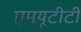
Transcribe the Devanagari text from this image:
एमयूटीटी